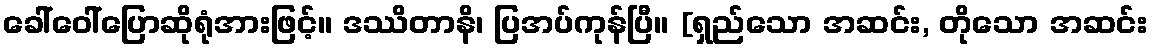
ခေါ်ဝေါ်ပြောဆိုရုံအားဖြင့်။ ဒဿိတာနိ၊ ပြအပ်ကုန်ပြီ။ [ရှည်သော အဆင်း, တိုသော အဆင်း